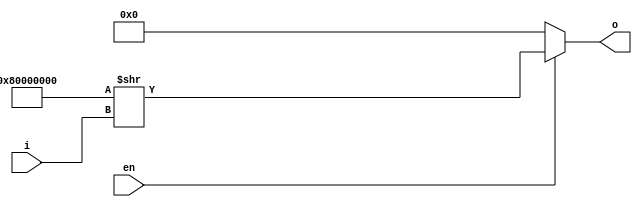
module dec_5x32(
  input [4:0] i,
  input en,
  output reg [31:0] o
  );
  
reg [31:0] aux = {1'b1, {31{1'b0}}};

always @(*) begin
  if (en)
    o = aux >> i;
  else
    o = 32'd0;
end
  
endmodule